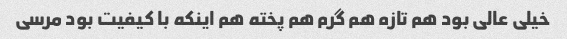
خیلی عالی بود هم تازه هم گرم هم پخته هم اینکه با کیفیت بود مرسی